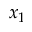
x _ { 1 }